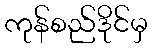
ကုန်စည်ဒိုင်မှ